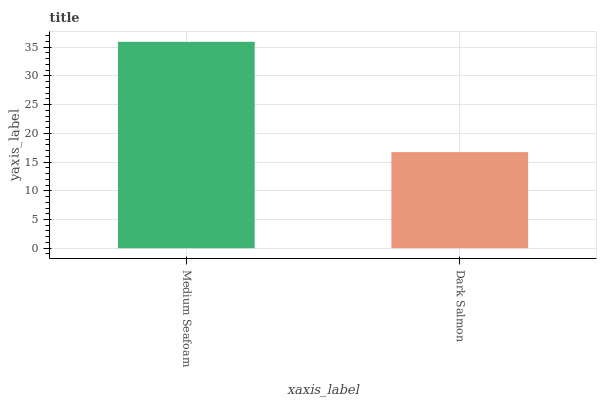
| xaxis_label | bars |
 | --- | --- |
 | Medium Seafoam | 35.9 |
 | Dark Salmon | 16.7 |